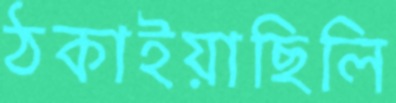
ঠকাইয়াছিলি